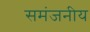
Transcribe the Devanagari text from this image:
समंजनीय